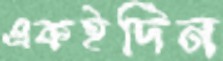
একইদিন